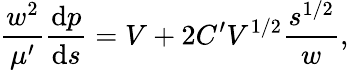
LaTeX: \frac{w^{2}}{\mu^{\prime}}\frac{\mathrm{d}p}{\mathrm{d}s}=V+2C^{\prime}V^{1/2}\frac{s^{1/2}}{w},